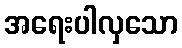
အရေးပါလှသော